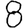
Digit: 8